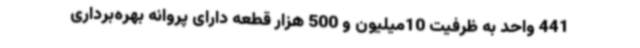
441 واحد به ظرفیت 10میلیون و 500 هزار قطعه دارای پروانه بهره‌برداری